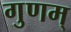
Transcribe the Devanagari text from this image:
गुणम्